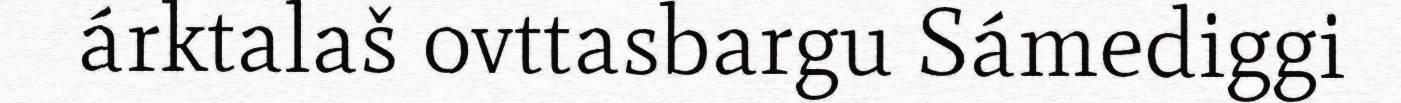
árktalaš ovttasbargu Sámediggi